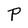
Character: P